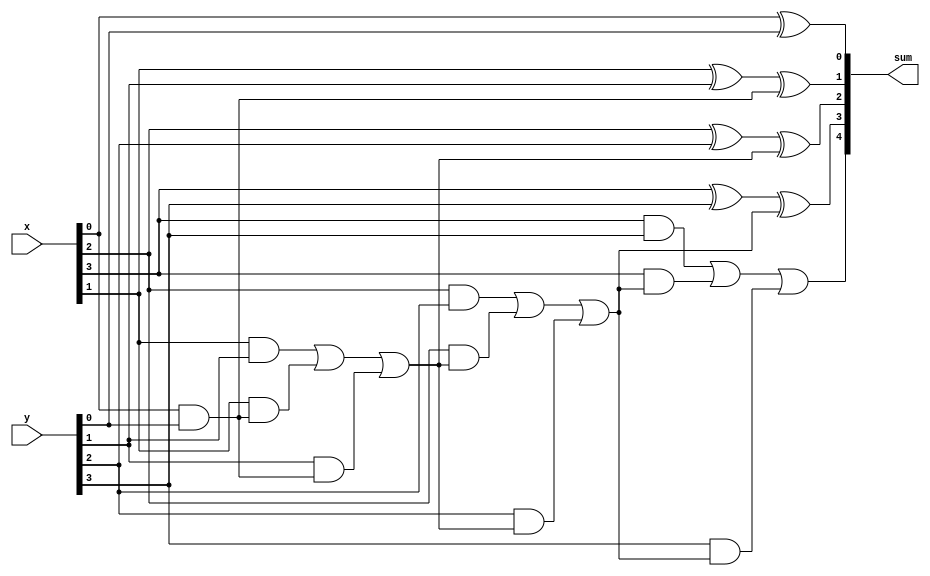
module top_module (
    input [3:0] x,
    input [3:0] y, 
    output [4:0] sum);
    
    integer i;
    wire [3:0] cout;

    assign sum[0] = x[0] ^ y[0];
    assign cout[0] = x[0] & y[0];
 
    always @(*) begin
        for(i = 1; i < 4; i=i+1) begin
            sum[i] = x[i] ^ y[i] ^ cout[i-1];
            cout[i] = x[i] & y[i] | x[i] & cout[i-1] | y[i] & cout[i-1];
        end
        sum[4] = cout[3];
    end

endmodule